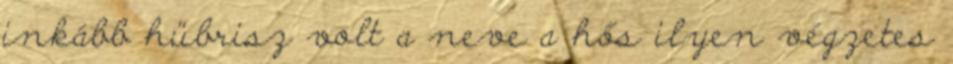
inkább hübrisz volt a neve a hős ilyen végzetes